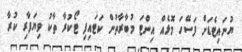
ޔުނައިޓެޑަށް ފަސޭހަ މޮޅެއް އިންޓަ މުބާރާތުން ކަޓައިފި ޓޯކުރާ ތާކު ވިޔަފާރި ކުރާ